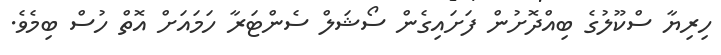
ހިރިޔާ ސްކޫލުގެ ބިއްދޮށުން ފަށައިގެން ސޯޝަލް ސެންޓަރާ ހަމައަށް އޮތް ހުސް ބިމެވެ.